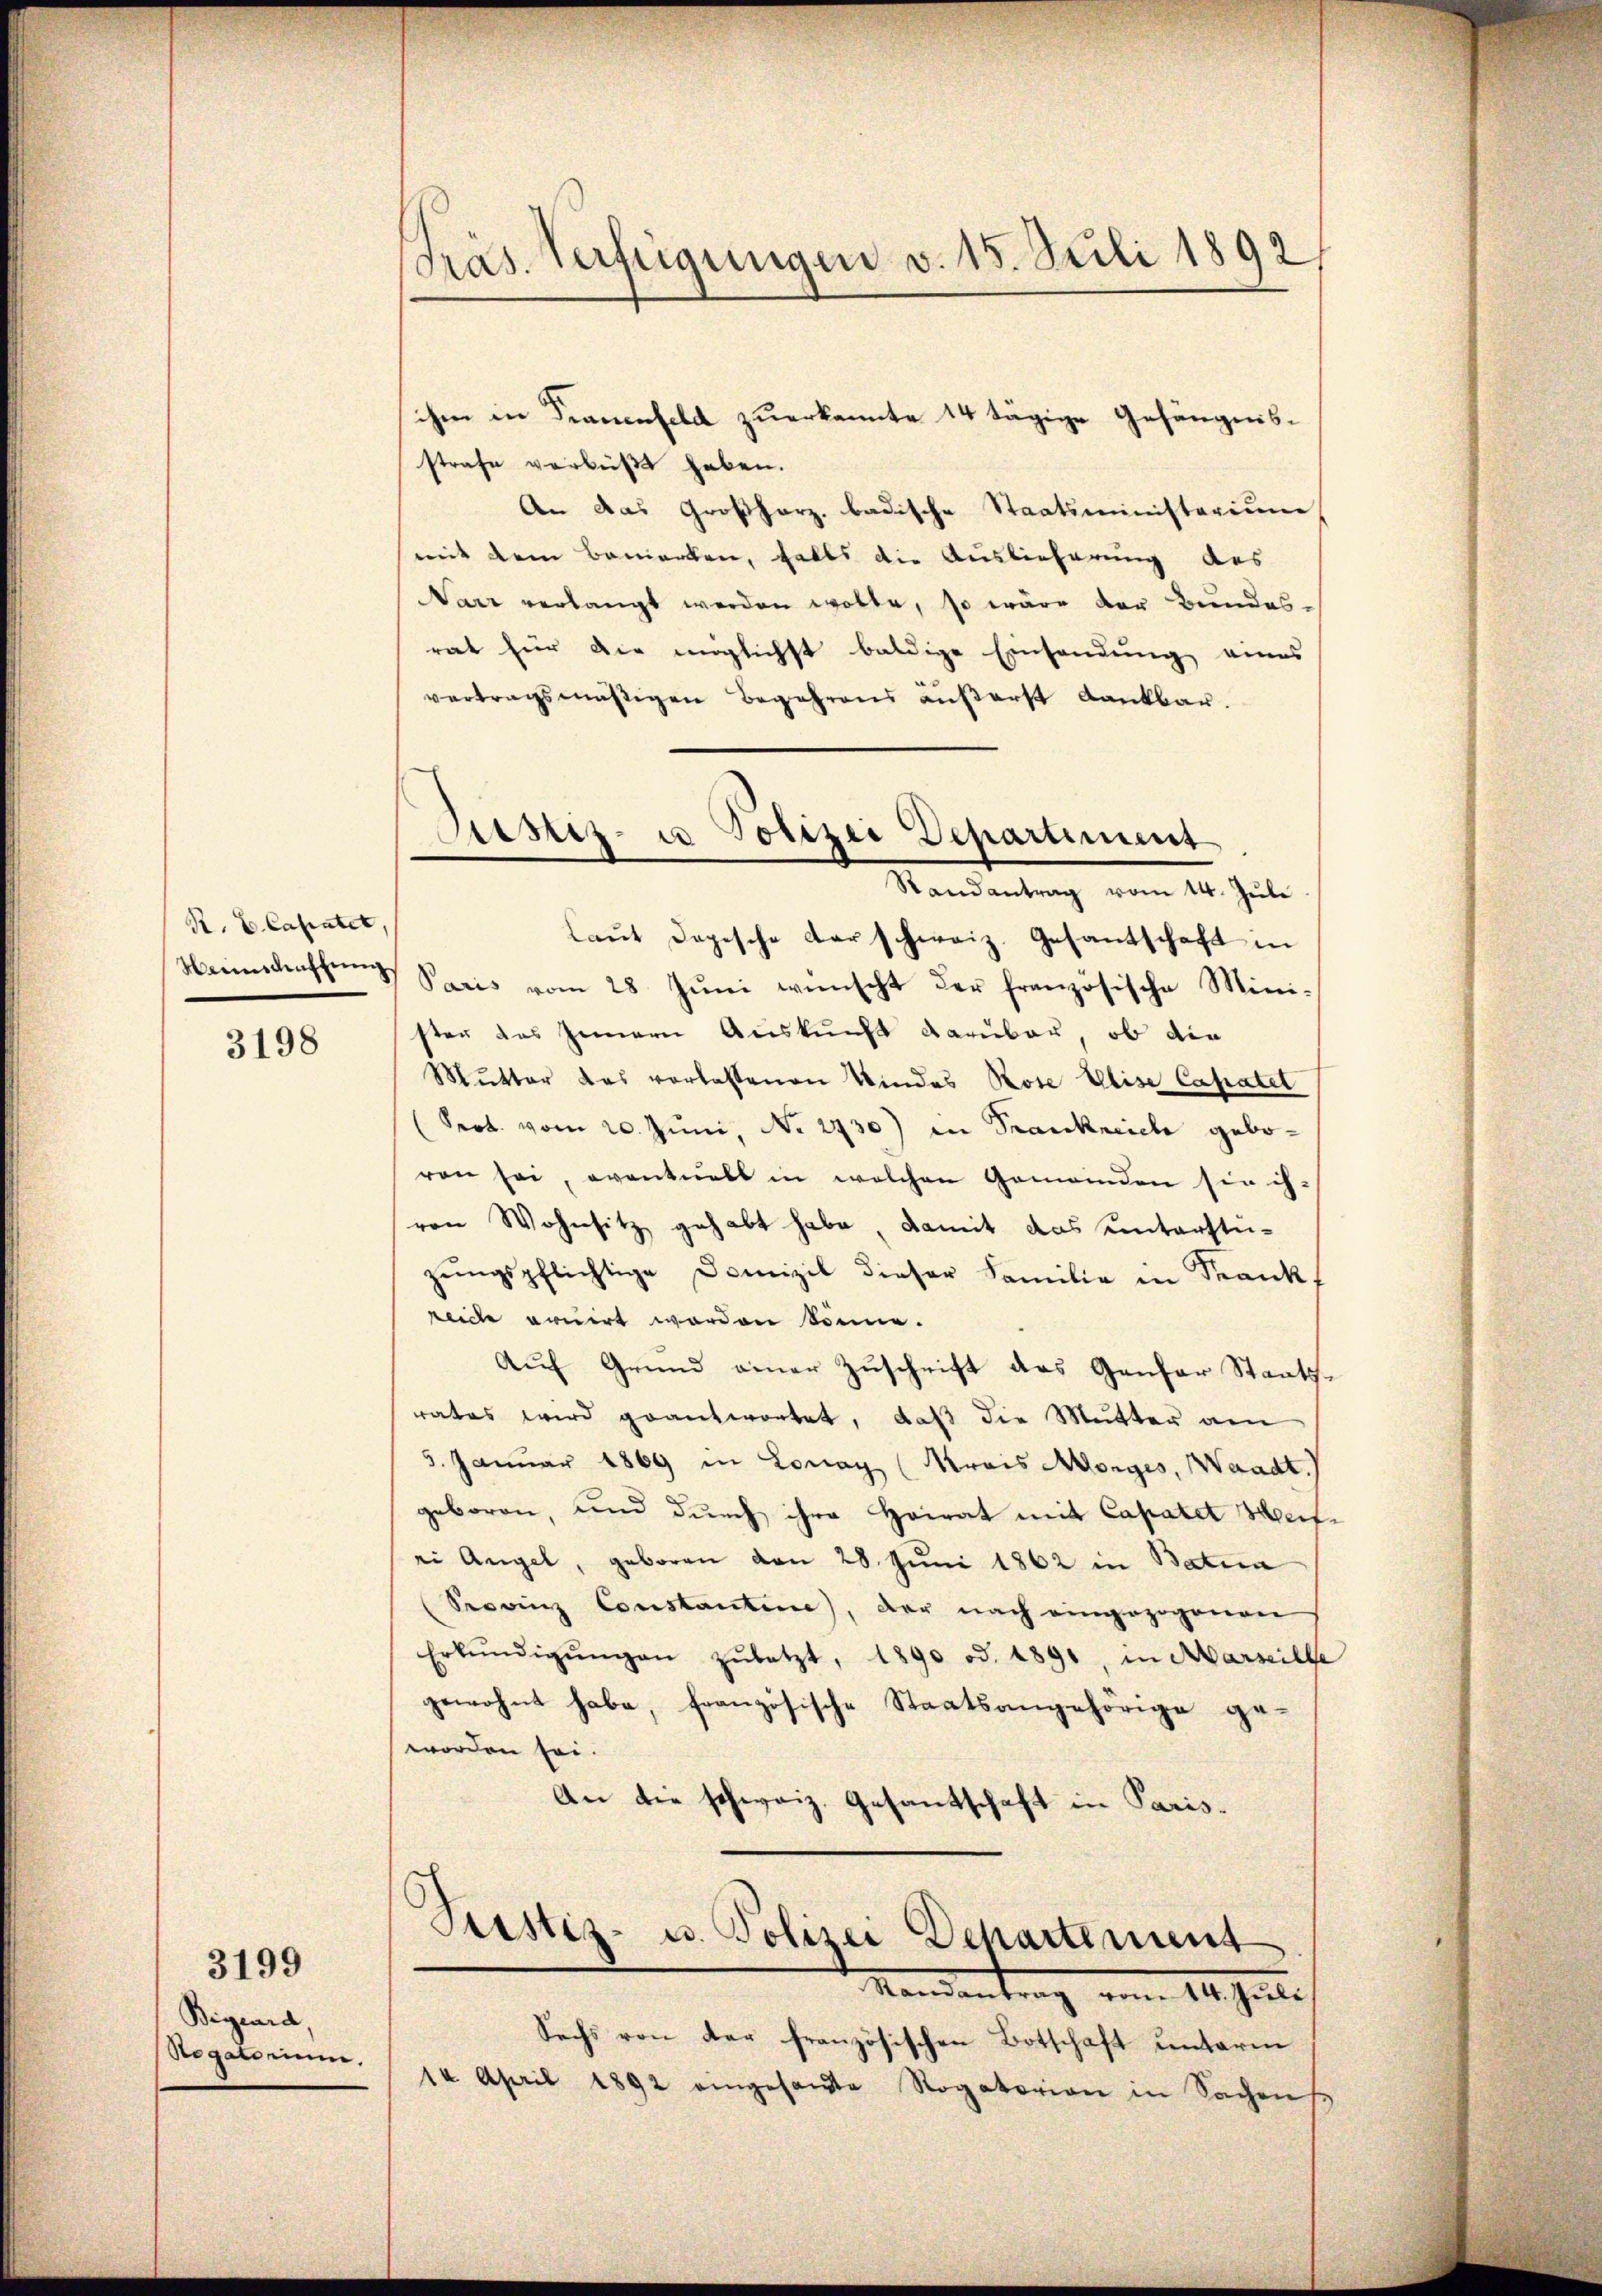
R. E. Cassatet,
Nannschaffung

3198

Bigeurd,
Segatorium.

3199

Präs. Verfügungen v. 15. Juli 1892

ihm in Frauenfeld zuerkannte 14 tägige Gefängnisstrafe verbüßt haben.
An das Großherz. badische Staatsministerium
mit dem Bemerken, falls die Auslieferung des
Narr verlangt werden wollte, so wäre der Bundes-
rat für die möglichst baldige Einsendung eines
vertragsmäßigen Begehrens äußerst Dankbar.
Laŭt dopische darschweiz. Gesantschaft in
Paris vom 28. Jŭni wünscht der französische Mini-
ster das Innern Auskunft darüber, ob die
Mutter das vorlassenen Kindes Rose Elise Capatet
(Prot. vom 20. Juni, No. 2730) in Frankreich geboren sei, eventuels in welchen Gemeinden sie ihven Wohnsitz gehabt habe, damit das unterstüzŭngspflichtige Domizil dieser Familie in Frankf
reiche eruirt worden könne.
Auf Grund einer Zuschrift des Genfer Staatsrates wird geantwortet, daß die Mutter am
3. Januar 1869 in Lonay (Krais Morges, Waadt.
geboren, und durch ihre Heirat mit Capater Meif-
ei Angel, geboren von 28. Juni 1862 in Batua
Provinz Constantine), der nach eingezogenen
Erkŭndigŭngen zŭletzt, 1890 od. 1891, in Marseille
gewohnt habe, französische Staatsangehörige geworden sei.
An die schweiz. Gesandschaft in Paris¬
Justiz- u. Polizei Departement
Mamantrag vom 14. Juli
Sechs von der französischen Botschaft unterm
14 April 1892 eingesandte Rogatorian in Sachen

Siester- u Polizei Departiment
Randantrag vom 14. Juli